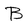
Character: B